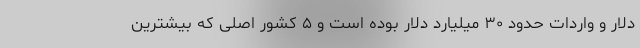
دلار و واردات حدود ۳۰ میلیارد دلار بوده است و ۵ کشور اصلی که بیشترین